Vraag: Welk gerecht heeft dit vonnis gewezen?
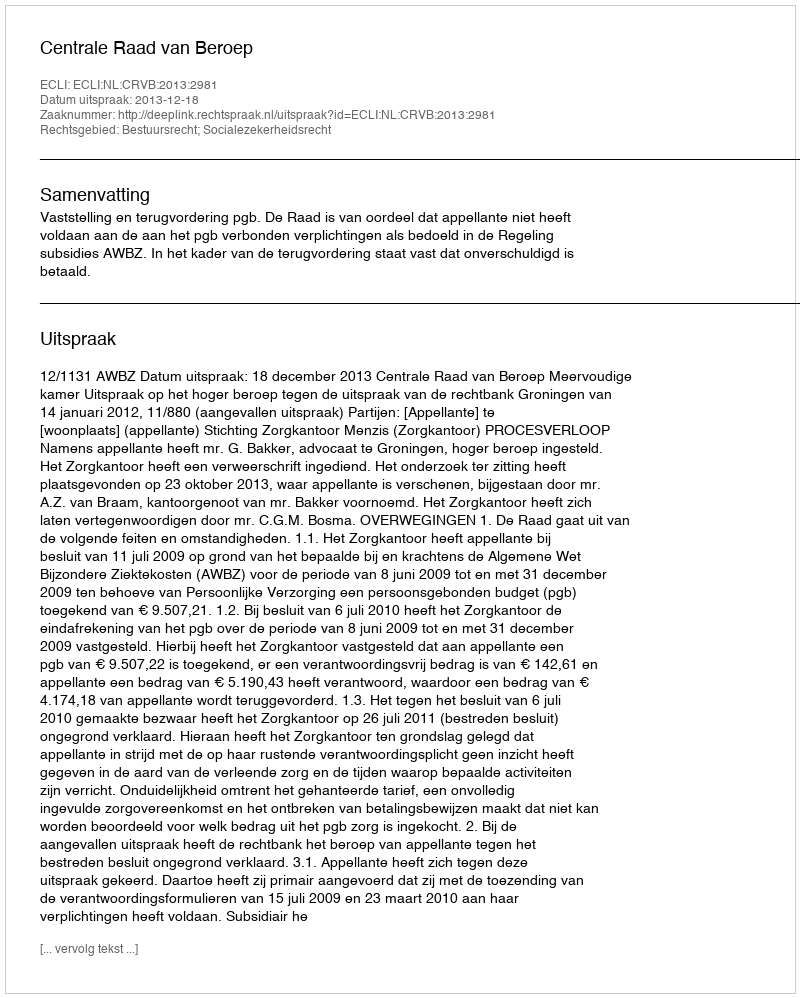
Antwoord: Centrale Raad van Beroep